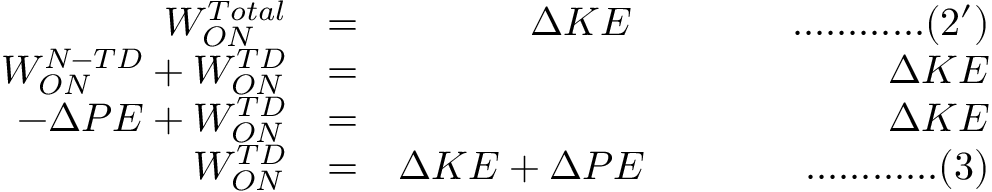
\begin{array} { r l r } { W _ { O N } ^ { T o t a l } } & { \space \space = \space \space } & { \Delta K E \qquad \qquad . . . . . . . . . . . . ( 2 ^ { \prime } ) } \\ { W _ { O N } ^ { N - T D } \space + \space W _ { O N } ^ { T D } } & { \space \space = \space \space } & { \Delta K E } \\ { - \Delta P E \space + \space W _ { O N } ^ { T D } } & { \space \space = \space \space } & { \Delta K E } \\ { W _ { O N } ^ { T D } } & { \space \space = \space \space } & { \Delta K E \space + \space \Delta P E \qquad \qquad . . . . . . . . . . . . ( 3 ) } \end{array}